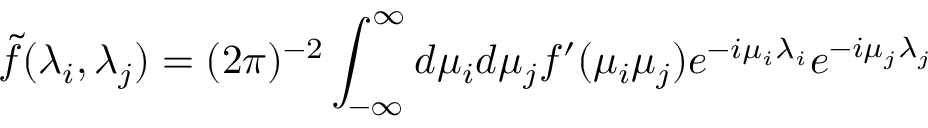
\tilde { f } ( \lambda _ { i } , \lambda _ { j } ) = ( 2 \pi ) ^ { - 2 } \int _ { - \infty } ^ { \infty } d \mu _ { i } d \mu _ { j } f ^ { \prime } ( \mu _ { i } \mu _ { j } ) e ^ { - i \mu _ { i } \lambda _ { i } } e ^ { - i \mu _ { j } \lambda _ { j } }